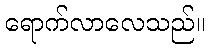
ရောက်လာလေသည်။